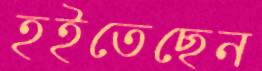
হইতেছেন